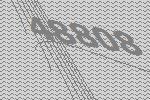
48808